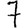
Digit: 7